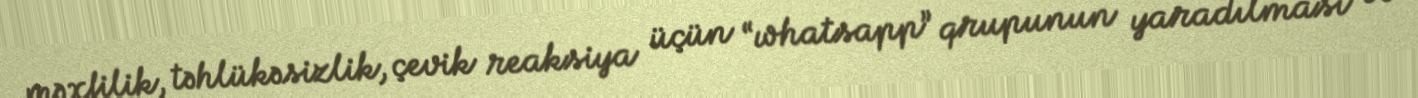
məxfilik, təhlükəsizlik, çevik reaksiya üçün “whatsapp” qrupunun yaradılması və